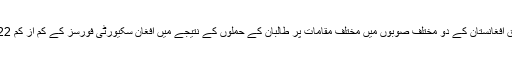
غیر ملکی میڈیا کے مطابق افغانستان کے دو مختلف صوبوں میں مختلف مقامات پر طالبان کے حملوں کے نتیجے میں افغان سکیورٹی فورسز کے کم از کم 22 اہلکار ہلاک ہو گئے ہیں۔